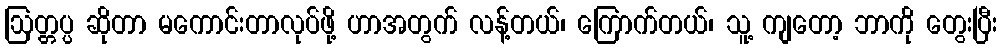
ဩတ္တပ္ပ ဆိုတာ မကောင်းတာလုပ်ဖို့ ဟာအတွက် လန့်တယ်၊ ကြောက်တယ်၊ သူ့ ကျတော့ ဘာကို တွေးပြီး